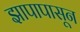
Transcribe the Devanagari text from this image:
झापापासून